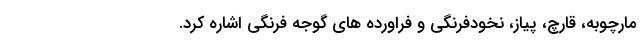
مارچوبه، قارچ، پیاز، نخودفرنگی و فراورده های گوجه فرنگی اشاره کرد.